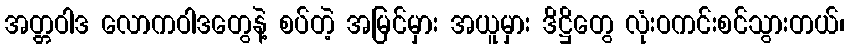
အတ္တဝါဒ လောကဝါဒတွေနဲ့ စပ်တဲ့ အမြင်မှား အယူမှား ဒိဋ္ဌိတွေ လုံးဝကင်းစင်သွားတယ်၊